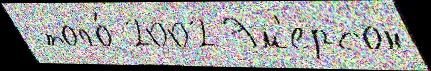
 того́ 2002 Эм'ерсон